Annual report of the Central Committee of the Association together with the report of the directors of the Pasteur Institute at Kasauli
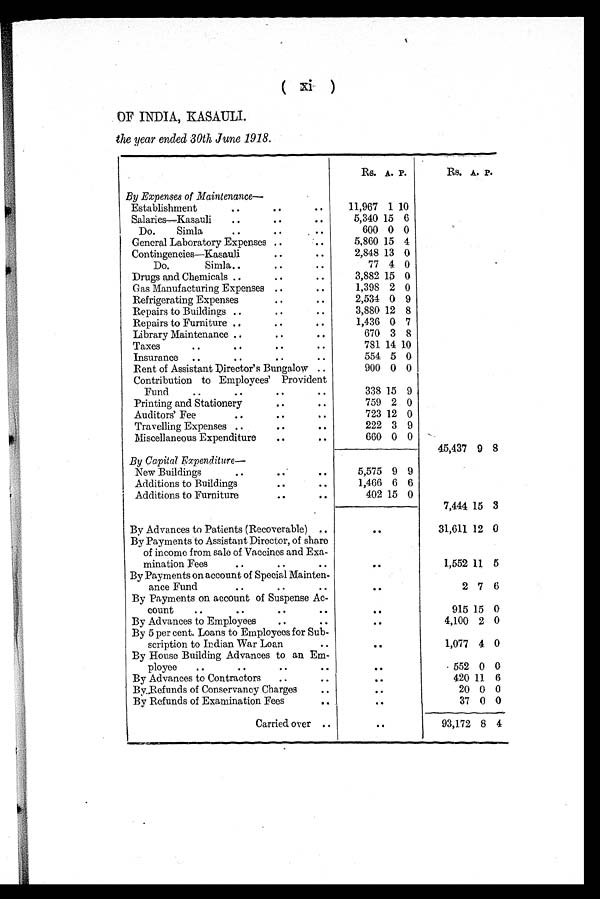
( Xi )
OF INDIA, KASAULI.
the year ended 30th, June 1918.
Rs. A P
Rs. A P
By Expenses of Maintenance—
Establishment
11,967 1 10
Salaries—Kasauli
5,340 15 6
Do. Simla
600 0 0
General Laboratory Expenses
5,860 15 4
Contingencies—Kasauli
2,848 13 0
Do. Simla
77 4 0
Drugs and Chemicals
3,882 15 0
Gas Manufacturing Expenses
1,398 2 0
Refrigerating Expenses
2,534 0 9
Repairs to Buildings
3,880 12 8
Repairs to Furniture
1,436 0 7
Library Maintenance
670 3 8
Taxes
781 14 10
Insurance
554 5 0
Rent of Assistant Director's Bungalow
900 0 0
Contribution to Employees' Provident
Fund
338 15 9
Printing and Stationery
759 2 0
Auditors' Fee
723 12 0
Travelling Expenses
222 3 9
Miscellaneous Expenditure
660 0 0
45,437 9 8
By Capital Expenditure—
New Buildings
5,575 9 9
Additions to Buildings
1,466 6 6
Additions to Furniture
402 15 0
7,444 15 3
By Advances to Patients (Recoverable)
..
31,611 12 0
By Payments to Assistant Director, of share
of income from sale of Vaccines and Exa-
mination Fees
..
1,552 11 5
By Payments on account of Special Mainten-
ance Fund
..
2 7 6
By Payments on account of Suspense Ac-
count
915 15 0
By Advances to Employees
..
4,100 2 0
By 5 per cent. Loans to Employees for Sub-
scription to Indian War Loan
..
1,077 4 0
By House Building Advances to an Em-
ployee
..
552 0 0
By Advances to Contractors
..
420 11 6
By Refunds of Conservancy Charges
..
20 0 0
By Refunds of Examination Fees
..
37 0 0
Carried over
..
93,172 8 4